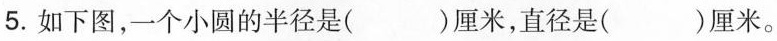
5.如下图，一个小圆的半径是( )厘米，直径是( )厘米。